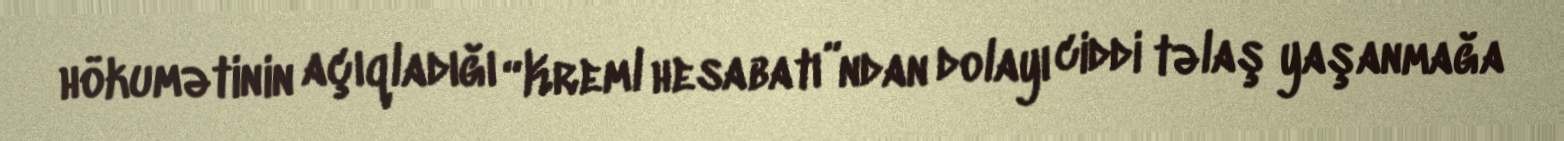
hökumətinin açıqladığı “Kreml hesabatı”ndan dolayı ciddi təlaş yaşanmağa